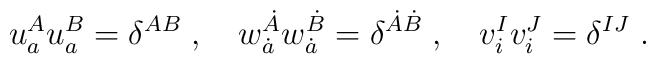
u_a^A u_a^B = \delta^{AB}\;, \quad w^{\dot A}_{\dot a} w^{\dot B}_{\dot a}  = \delta^{\dot A\dot B}\;, \quad v^I_i v^J_i = \delta^{IJ} \;.